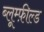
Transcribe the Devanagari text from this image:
ब्लूम्फ़ील्ड